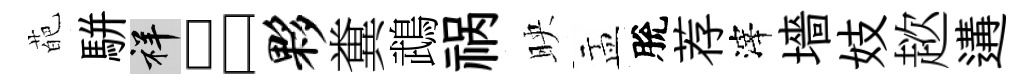
葩駢祥吕夥糞鵡祸映盂脫荐滓墻妓趑遘